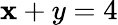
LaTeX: \mathbf{x}+y=4